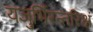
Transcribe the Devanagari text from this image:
यजुर्भिरन्तरिक्षं